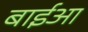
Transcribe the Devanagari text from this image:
बाईआ